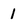
Character: 1